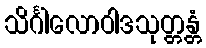
သိင်္ဂါလောဝါဒသုတ္တန္တံ